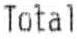
TOTAL